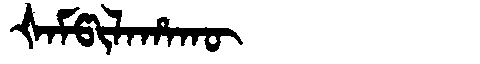
Manchu: ᡧᠠᠮᡦᡳᠯᠠᡥᠠᡴᡡ
Romanization: ŠAMPILAHAKŪ